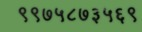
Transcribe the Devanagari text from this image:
९९७५८७३५६९